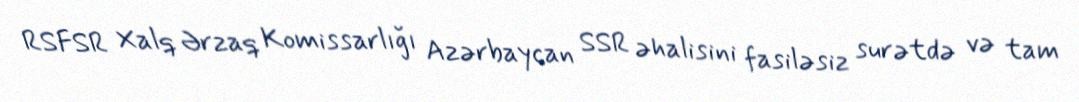
RSFSR Xalq Ərzaq Komissarlığı Azərbaycan SSR əhalisini fasiləsiz surətdə və tam